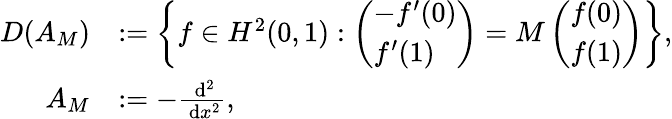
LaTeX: \begin{array}{rl}{D(A_{M})}&{:=\left\{ f\in H^{2}(0,1):\left(\begin{array}{l}{-f^{\prime}(0)}\\ {f^{\prime}(1)}\end{array}\right)=M\left(\begin{array}{l}{f(0)}\\ {f(1)}\end{array}\right)\right\} ,}\\ {A_{M}}&{:=-\frac{\, \mathrm{d}^{2}}{\, \mathrm{d}x^{2}},}\end{array}